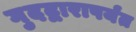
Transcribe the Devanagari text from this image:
गुदद्वारापर्यंत